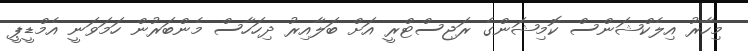
މިހާރު އިލެކްޝަންސް ކޮމިޝަންގެ ރަޖިސްޓްރީ އަށް ބަލާއިރު ދިހަހާސް މެންބަރުން ހަމަވަނީ އެމްޑީޕީ